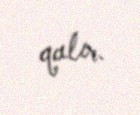
qalır.